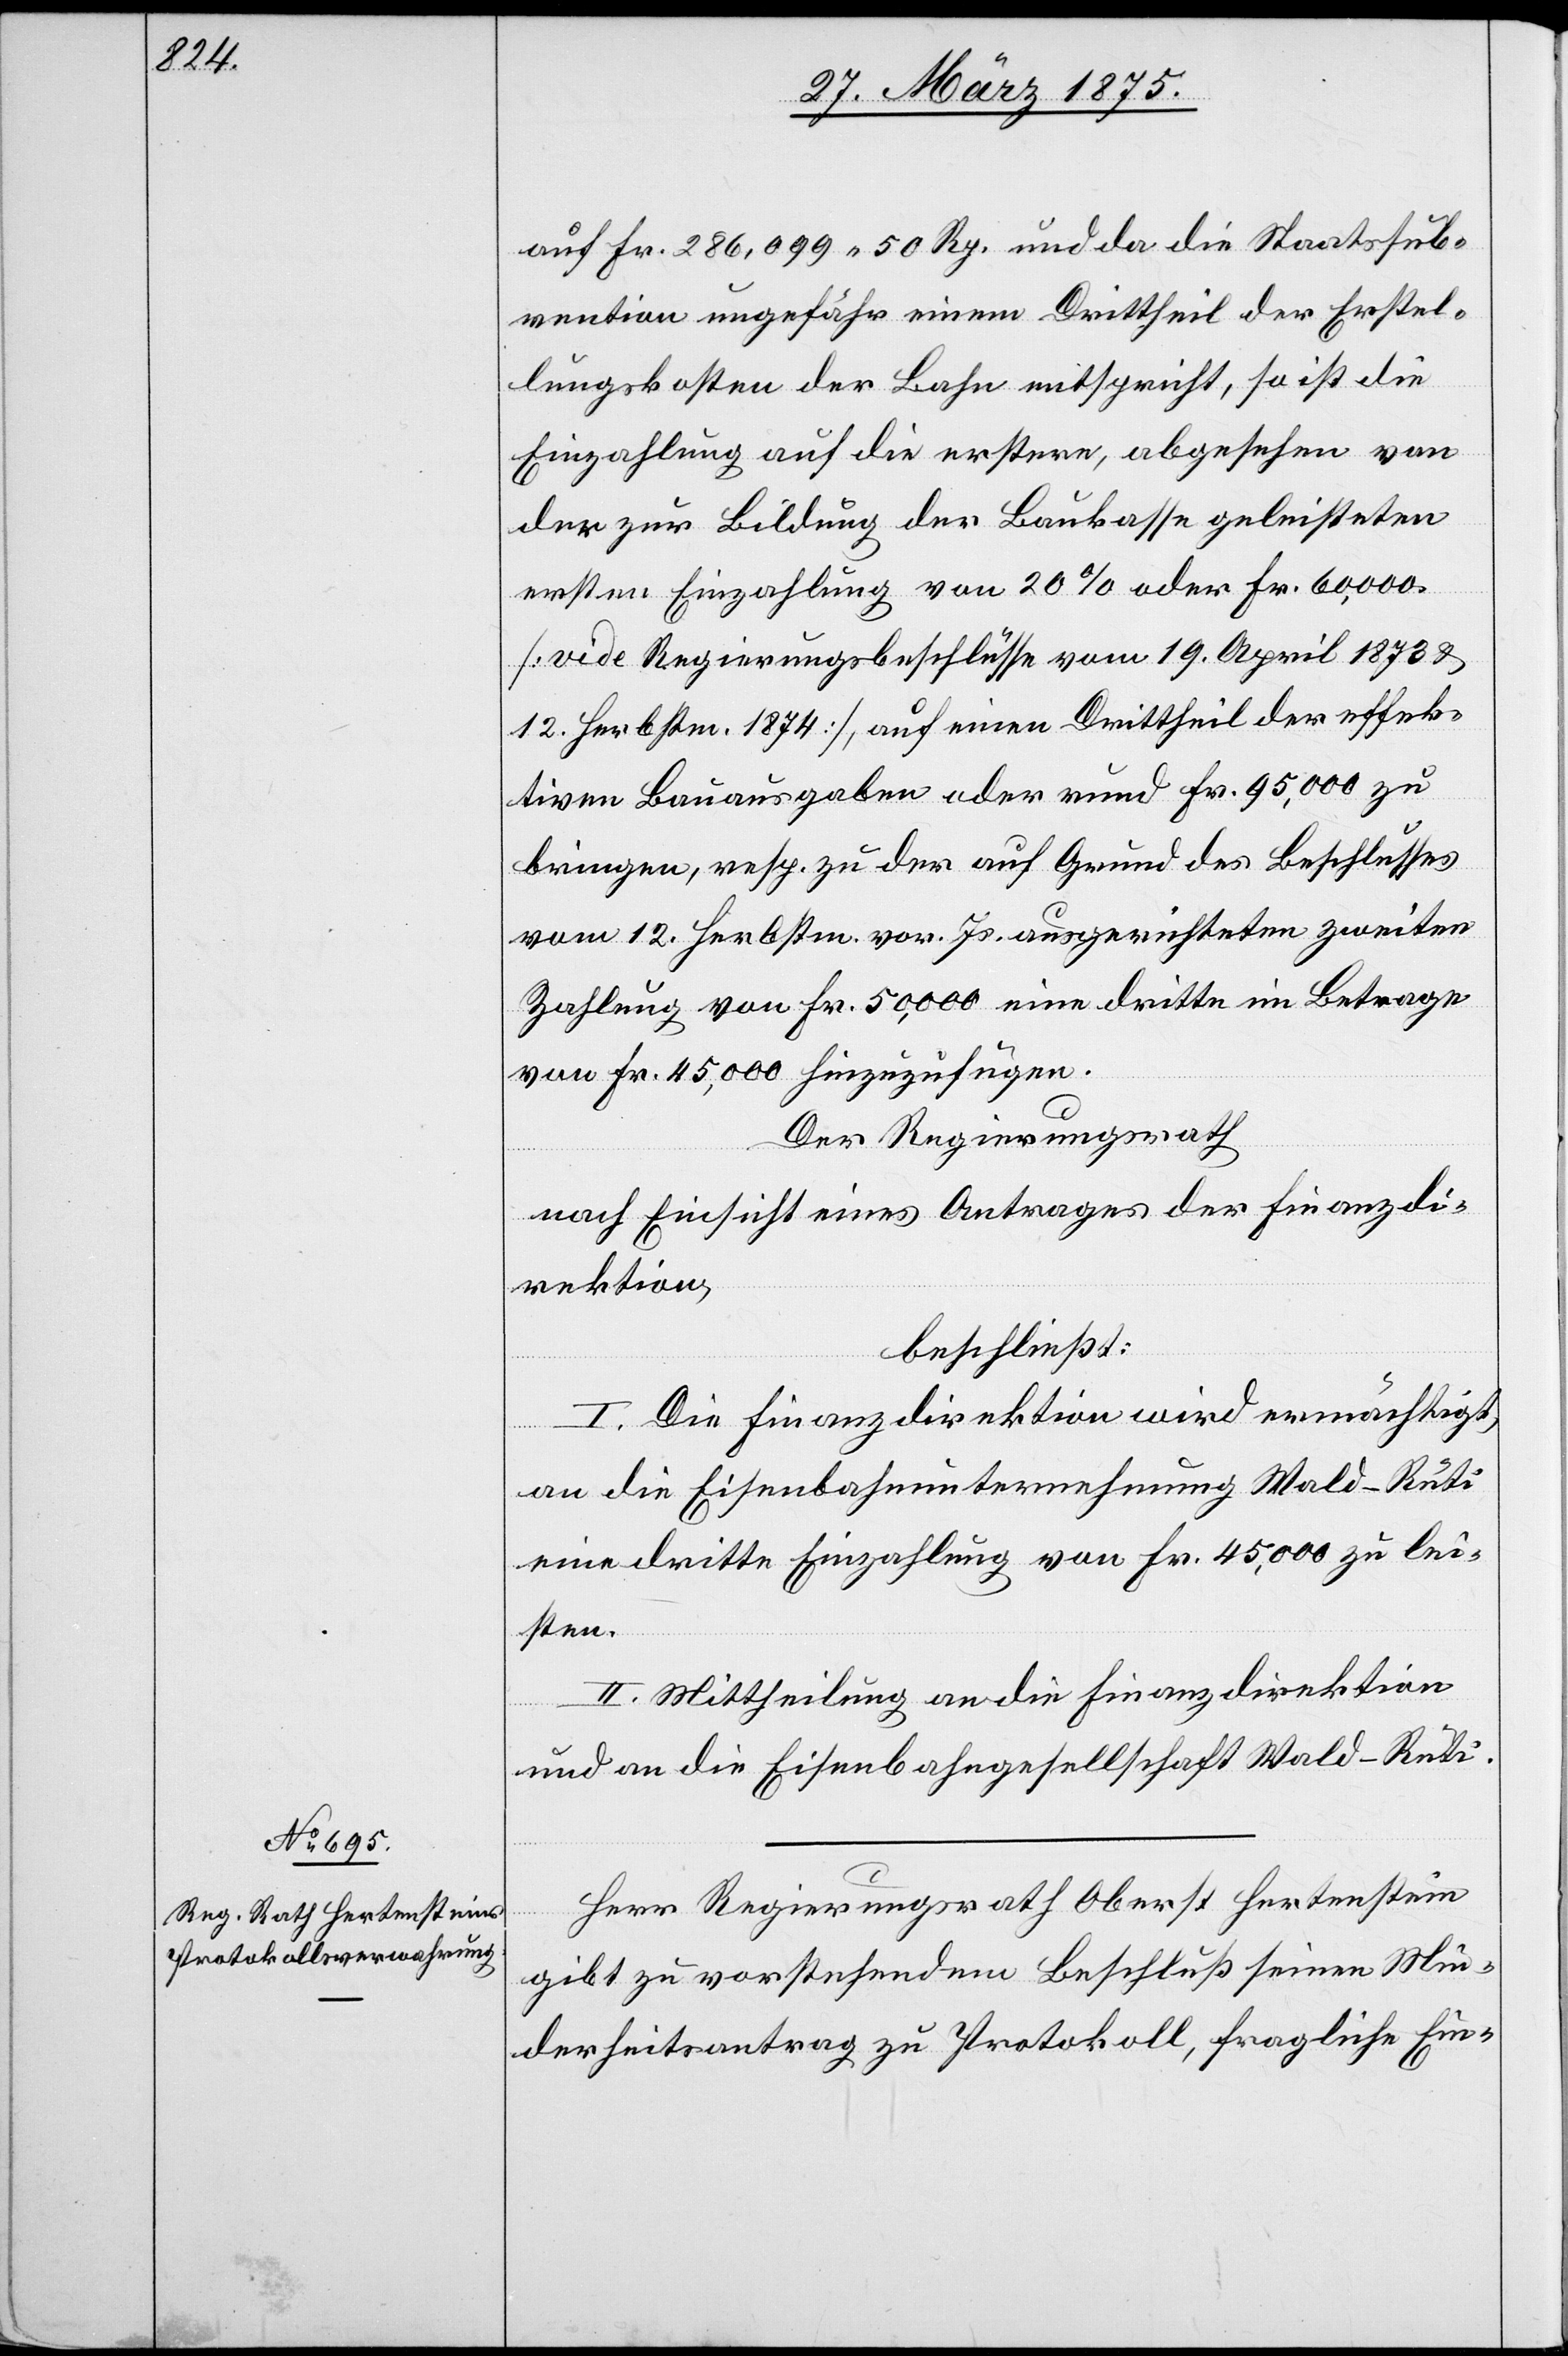
auf Fr. 286,099 50 Rp. und da die Staatssub¬
vention ungefähr einem Drittheil der Erstel¬
lungskosten auf die Bahn entspricht, so ist die
Einzahlung auf die erstere, abgesehen von
der zur Bildung der Baukasse geleisteten
ersten Einzahlung von 20% oder Fr. 95,000
bringen, resp. zu der auf Grund des Beschlusses
vom 12. Herbstm. vor. Js. ausgerichteten zweiten
Zahlung von Fr. 50,000 eine dritte im Betrage
von Fr. 45,000 hinzuzufügen.
Der Regierungsrath,
nach Einsicht eines Antrages der Finanzdi¬
rektion,
beschließt:
I. Die Finanzdirektion wird ermächtigt,
an die Eisenbahnunternehmung Wald–Rüti
eine dritte Einzahlung von Fr. 45,000 zu lei¬
sten.
II. Mittheilung an die Finanzdirektion
und an die Eisenbahngesellschaft Wald–Rüti.
Herr Regierungsrath Oberst Hertenstein
gibt zu vorstehendem Beschluß seinen Min¬
derheitsantrag zu Protokoll, fragliche Ein-